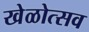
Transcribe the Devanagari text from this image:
खेळोत्सव